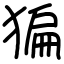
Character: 猵